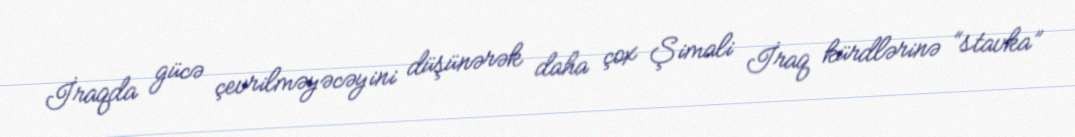
İraqda gücə çevrilməyəcəyini düşünərək daha çox Şimali İraq kürdlərinə “stavka”